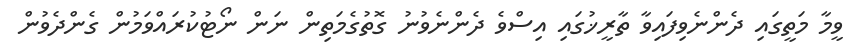
ވީމާ މަތީގައި ދެންނެވިފައިވާ ތާރީޚުގައި އިސްވެ ދެންނެވުނު ގޮތުގެމަތިން ނަން ނޯޓުކުރައްވަމުން ގެންދެވުން